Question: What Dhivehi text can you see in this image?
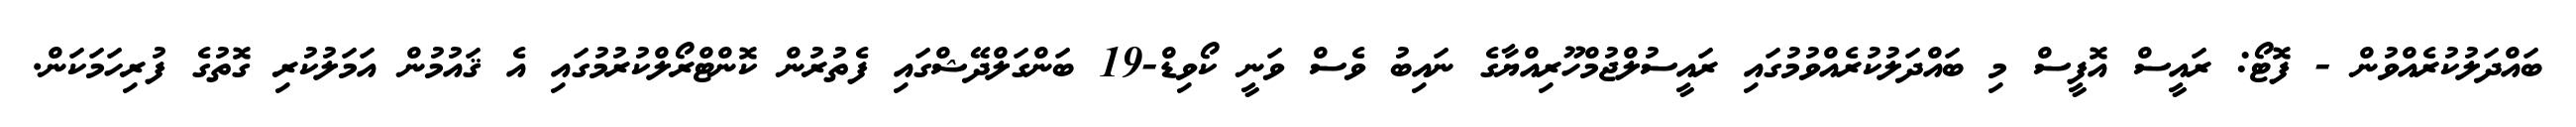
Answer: ބައްދަލުކުރެއްވުން - ފޮޓޯ: ރައީސް އޮފީސް މި ބައްދަލުކުރެއްވުމުގައި ރައީސުލްޖުމްހޫރިއްޔާގެ ނައިބު ވެސް ވަނީ ކޯވިޑް-19 ބަންގަލްދޭޝްގައި ފެތުރުން ކޮންޓްރޯލްކުރުމުގައި އެ ޤައުމުން އަމަލުކުރި ގޮތުގެ ފުރިހަމަކަން.